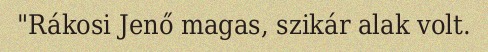
"Rákosi Jenő magas, szikár alak volt.